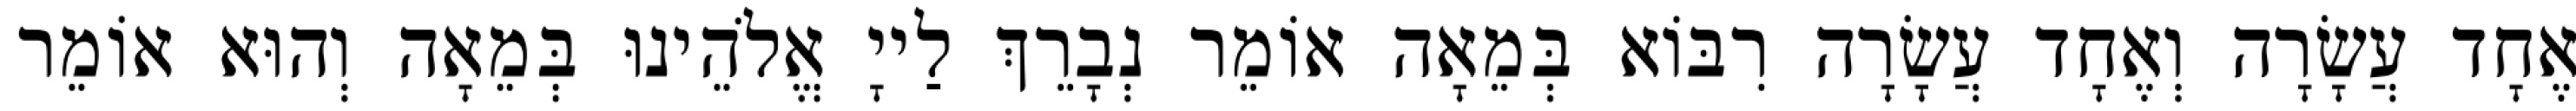
אֶחָד עֲשָׂרָה וְאֶחָד עֲשָׂרָה רִבּוֹא בְּמֵאָה אוֹמֵר נְבָרֵךְ לַייָ אֱלֹהֵינוּ בְּמֵאָה וְהוּא אוֹמֵר